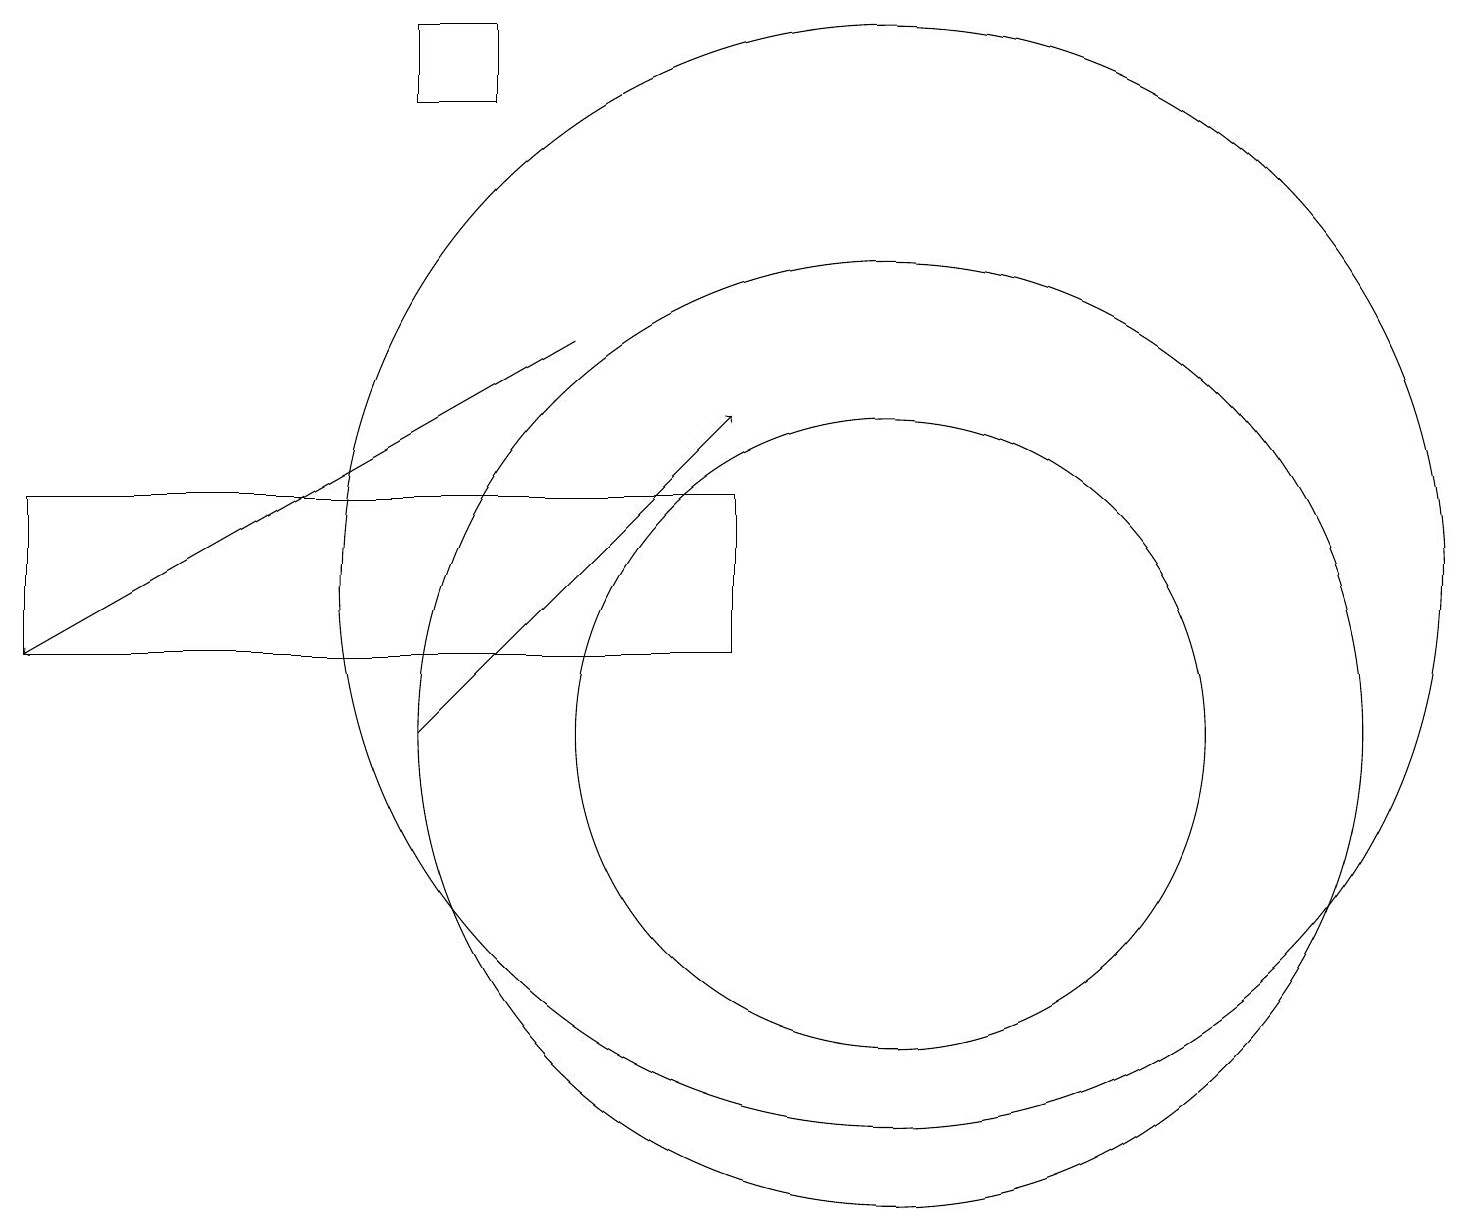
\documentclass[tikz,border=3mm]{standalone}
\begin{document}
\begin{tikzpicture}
\draw (5,19) rectangle (6,18);
\draw[->] (7,15) -- (0,11);
\draw (9,13) rectangle (0,11);
\draw (11,12) circle (7);
\draw (11,10) circle (4);
\draw[->] (5,10) -- (9,14);
\draw (11,10) circle (6);
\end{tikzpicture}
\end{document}